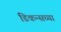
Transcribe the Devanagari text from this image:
डिकन्सच्या